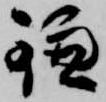
鎌